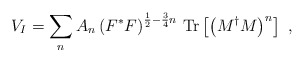
\begin{align*}V_I =\sum_n A_n \left(F^{*}F\right)^{\frac{1}{2} -\frac{3}{4}n} \, {\rm Tr} \left[\left(M^{\dagger}M\right)^n\right] \ ,\end{align*}